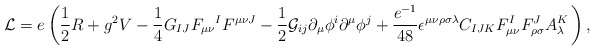
\begin{align*}{\cal L}=e\left( {\frac{1}{2}}R+g^{2}V-{\frac{1}{4}}G_{IJ}F_{\mu \nu}{}^{I}F^{\mu \nu J}-{\frac{1}{2}}{\cal G}_{ij}\partial _{\mu }\phi^{i}\partial ^{\mu }\phi ^{j}+{\frac{e^{-1}}{48}}\epsilon ^{\mu \nu \rho\sigma \lambda }C_{IJK}F_{\mu \nu }^{I}F_{\rho \sigma }^{J}A_{\lambda}^{K}\,\right) , \end{align*}